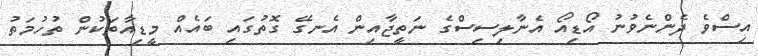
އިސްވެ ދެންނެވުނު އޯޑިއޯ އެނާލިސިސްގެ ނަތީޖާއިން އެނގޭ ގޮތުގައި ބައެއް މީޑިއާތަކުން ތުހުމަތު